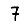
Digit: 7